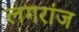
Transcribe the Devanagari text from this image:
लगरांज